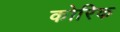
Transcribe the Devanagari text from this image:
कोरिक